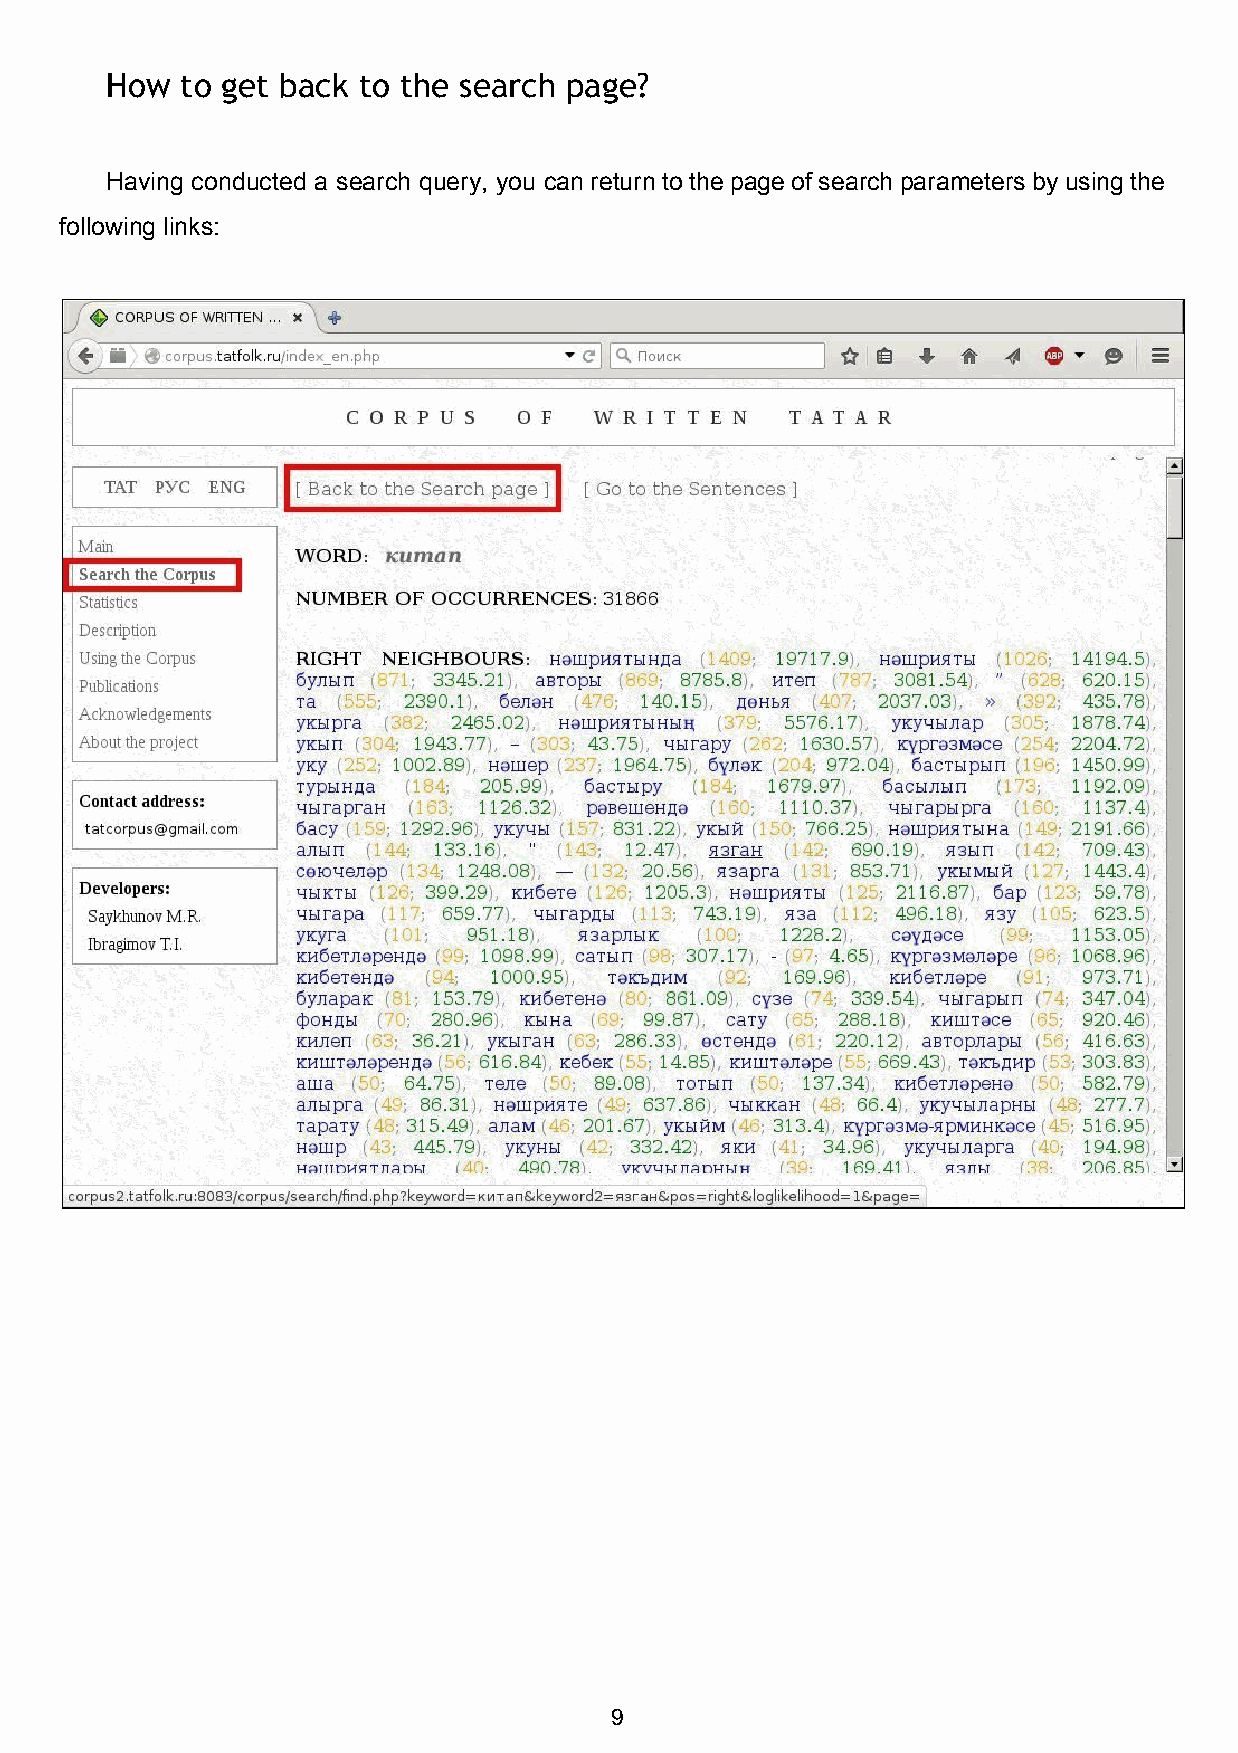
How  to get back to the search page?
 Having conducted a search query, you can return to the page of search parameters by using the
 following links:
 9